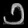
Digit: ၁